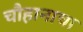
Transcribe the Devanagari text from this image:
चौहानाचा